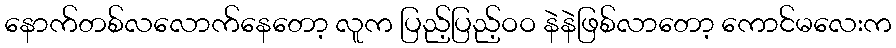
နောက်တစ်လလောက်နေတော့ လူက ပြည့်ပြည့်ဝဝ နဲနဲဖြစ်လာတော့ ကောင်မလေးက